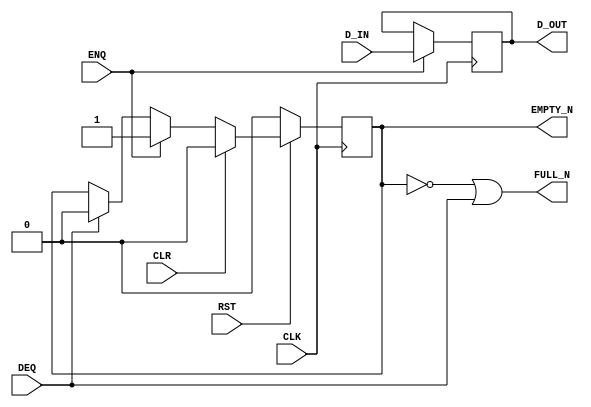

// Copyright (c) 2000-2012 Bluespec, Inc.

// Permission is hereby granted, free of charge, to any person obtaining a copy
// of this software and associated documentation files (the "Software"), to deal
// in the Software without restriction, including without limitation the rights
// to use, copy, modify, merge, publish, distribute, sublicense, and/or sell
// copies of the Software, and to permit persons to whom the Software is
// furnished to do so, subject to the following conditions:

// The above copyright notice and this permission notice shall be included in
// all copies or substantial portions of the Software.

// THE SOFTWARE IS PROVIDED "AS IS", WITHOUT WARRANTY OF ANY KIND, EXPRESS OR
// IMPLIED, INCLUDING BUT NOT LIMITED TO THE WARRANTIES OF MERCHANTABILITY,
// FITNESS FOR A PARTICULAR PURPOSE AND NONINFRINGEMENT. IN NO EVENT SHALL THE
// AUTHORS OR COPYRIGHT HOLDERS BE LIABLE FOR ANY CLAIM, DAMAGES OR OTHER
// LIABILITY, WHETHER IN AN ACTION OF CONTRACT, TORT OR OTHERWISE, ARISING FROM,
// OUT OF OR IN CONNECTION WITH THE SOFTWARE OR THE USE OR OTHER DEALINGS IN
// THE SOFTWARE.
//
// $Revision$
// $Date$

`ifdef BSV_ASSIGNMENT_DELAY
`else
  `define BSV_ASSIGNMENT_DELAY
`endif

`ifdef BSV_POSITIVE_RESET
  `define BSV_RESET_VALUE 1'b1
  `define BSV_RESET_EDGE posedge
`else
  `define BSV_RESET_VALUE 1'b0
  `define BSV_RESET_EDGE negedge
`endif

`ifdef BSV_ASYNC_RESET
 `define BSV_ARESET_EDGE_META or `BSV_RESET_EDGE RST
`else
 `define BSV_ARESET_EDGE_META
`endif

`ifdef BSV_RESET_FIFO_HEAD
 `define BSV_ARESET_EDGE_HEAD `BSV_ARESET_EDGE_META
`else
 `define BSV_ARESET_EDGE_HEAD
`endif

// Depth 1 FIFO
// Allows simultaneous ENQ and DEQ (at the expense of potentially
// causing combinational loops).
module FIFOL1(CLK,
              RST,
              D_IN,
              ENQ,
              FULL_N,
              D_OUT,
              DEQ,
              EMPTY_N,
              CLR);

   parameter             width = 1;

   input                 CLK;
   input                 RST;

   input [width - 1 : 0] D_IN;
   input                 ENQ;
   input                 DEQ;
   input                 CLR ;

   output                FULL_N;
   output                 EMPTY_N;
   output [width - 1 : 0] D_OUT;



   reg                    empty_reg ;
   reg [width - 1 : 0]    D_OUT;

`ifdef BSV_NO_INITIAL_BLOCKS
`else // not BSV_NO_INITIAL_BLOCKS
   // synopsys translate_off
   initial
     begin
        D_OUT     <= `BSV_ASSIGNMENT_DELAY {((width + 1)/2) {2'b10}} ;
        empty_reg <= `BSV_ASSIGNMENT_DELAY 1'b0;
     end // initial begin
   // synopsys translate_on
`endif // BSV_NO_INITIAL_BLOCKS


   assign FULL_N = !empty_reg || DEQ;
   assign EMPTY_N = empty_reg ;

   always@(posedge CLK `BSV_ARESET_EDGE_META)
     begin
        if (RST == `BSV_RESET_VALUE)
           begin
             empty_reg <= `BSV_ASSIGNMENT_DELAY 1'b0;
           end
        else
           begin
              if (CLR)
                begin
                   empty_reg <= `BSV_ASSIGNMENT_DELAY 1'b0;
                end
              else if (ENQ)
                begin
                   empty_reg <= `BSV_ASSIGNMENT_DELAY 1'b1;
                end
              else if (DEQ)
                begin
                   empty_reg <= `BSV_ASSIGNMENT_DELAY 1'b0;
                end // if (DEQ)
           end // else: !if(RST == `BSV_RESET_VALUE)
     end // always@ (posedge CLK or `BSV_RESET_EDGE RST)

   always@(posedge CLK `BSV_ARESET_EDGE_HEAD)
     begin
`ifdef BSV_RESET_FIFO_HEAD
        if (RST == `BSV_RESET_VALUE)
          begin
             D_OUT <= `BSV_ASSIGNMENT_DELAY {width {1'b0}} ;
          end
        else
`endif
          begin
              if (ENQ)
                D_OUT     <= `BSV_ASSIGNMENT_DELAY D_IN;
           end // else: !if(RST == `BSV_RESET_VALUE)
     end // always@ (posedge CLK or `BSV_RESET_EDGE RST)

   // synopsys translate_off
   always@(posedge CLK)
     begin: error_checks
        reg deqerror, enqerror ;

        deqerror =  0;
        enqerror = 0;
        if ( ! empty_reg && DEQ )
          begin
             deqerror = 1 ;
             $display( "Warning: FIFOL1: %m -- Dequeuing from empty fifo" ) ;
          end
        if ( ! FULL_N && ENQ && ! DEQ)
          begin
             enqerror =  1 ;
             $display( "Warning: FIFOL1: %m -- Enqueuing to a full fifo" ) ;
          end
     end
   // synopsys translate_on

endmodule